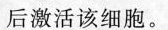
后激活该细胞。